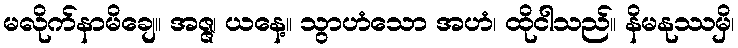
မလိုက်နာမိချေ။ အဇ္ဇ၊ ယနေ့။ သွာဟံသော အဟံ၊ ထိုငါသည်။ နိမနုဿမှိ၊